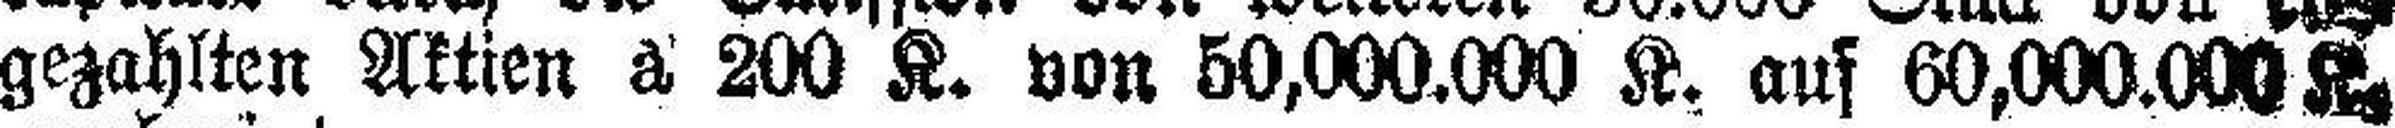
gezahlten Aktien à 200 K. von 50,000.000 K. ans 60,000.000 K.